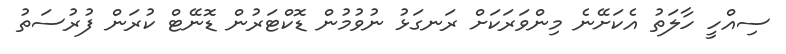
ސިއްހީ ހާލަތު އެކަށޭނެ މިންވަރަކަށް ރަނގަޅު ނުވުމުން ޑޮކްޓަރުން ޑޮނޭޓް ކުރަން ފުރުސަތު